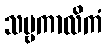
သဗ္ဗကာလိကံ